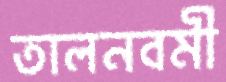
তালনবমী